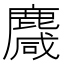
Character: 麙